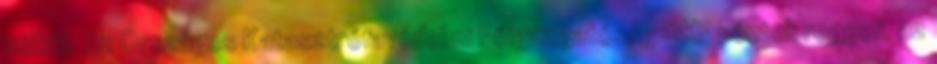
nélkül. Az Országos Katasztrófavédelmi Főigazgatóság OKF péntek reggeli, az